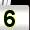
Digit: 5